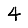
Digit: 4